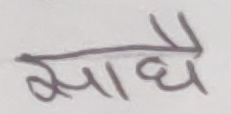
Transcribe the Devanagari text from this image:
साथै